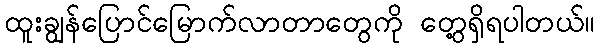
ထူးချွန်ပြောင်မြောက်လာတာတွေကို တွေ့ရှိရပါတယ်။